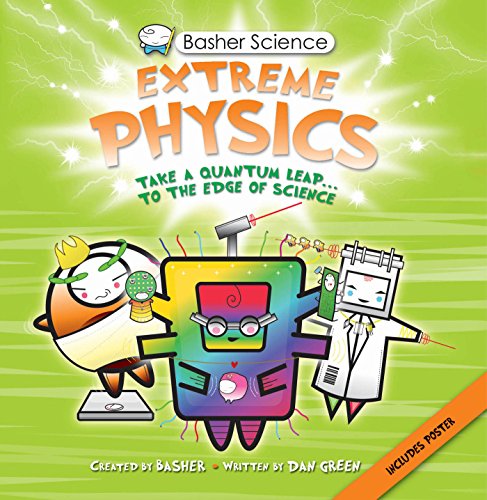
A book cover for Basher Science: Extreme Physics; Simon Basher; Children's Books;